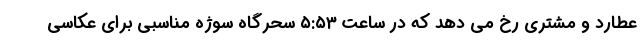
عطارد و مشتری رخ می دهد که در ساعت ۵:۵۳ سحرگاه سوژه مناسبی برای عکاسی